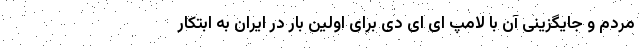
مردم و جایگزینی آن با لامپ ای ای دی برای اولین بار در ایران به ابتکار